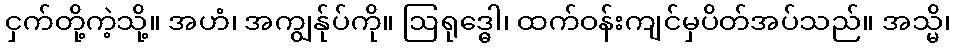
ငှက်တို့ကဲ့သို့။ အဟံ၊ အကျွန်ုပ်ကို။ ဩရုဒ္ဓေါ၊ ထက်ဝန်းကျင်မှပိတ်အပ်သည်။ အသ္မိ၊